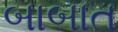
બાબાત